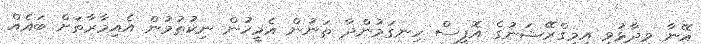
އޭނާ ވިދާޅުވީ އިމިގްރޭޝަނުގެ އޮފީސް ހިނގަމުންދާ ތަނުން އެމީހުން ނިކުތުމުން އެއިމާރާތަށް ބައެއް